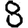
Digit: 8